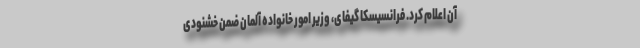
آن اعلام کرد. فرانسیسکا گیفای، وزیر امور خانواده آلمان ضمن خشنودی